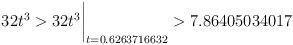
\begin{align*}32t^3 > 32t^3\biggr\rvert_{t=0.6263716632} > 7.86405034017 \end{align*}